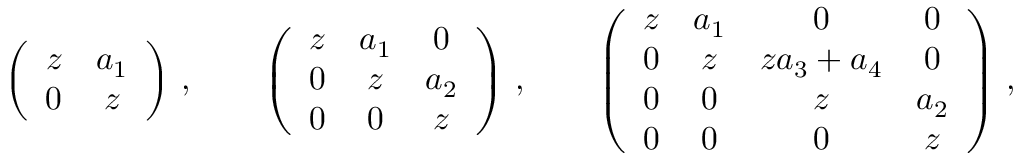
\left( \begin{array} { c c } { z } & { a _ { 1 } } \\ { 0 } & { z } \end{array} \right) \, , \qquad \left( \begin{array} { c c c } { z } & { a _ { 1 } } & { 0 } \\ { 0 } & { z } & { a _ { 2 } } \\ { 0 } & { 0 } & { z } \end{array} \right) \, , \qquad \left( \begin{array} { c c c c } { z } & { a _ { 1 } } & { 0 } & { 0 } \\ { 0 } & { z } & { z a _ { 3 } + a _ { 4 } } & { 0 } \\ { 0 } & { 0 } & { z } & { a _ { 2 } } \\ { 0 } & { 0 } & { 0 } & { z } \end{array} \right) \, ,